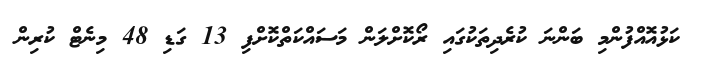
ކަޅުއޮއްފުންމި ބަންނަ ކުރެދިތަކުގައި ރޯކޮށްލަން މަސައްކަތްކޮށްފި 13 ގަޑި 48 މިނެޓް ކުރިން